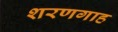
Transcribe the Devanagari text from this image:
शरणगाह